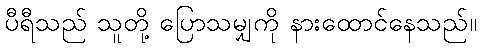
ပီရီသည် သူတို့ ပြောသမျှကို နားထောင်နေသည်။